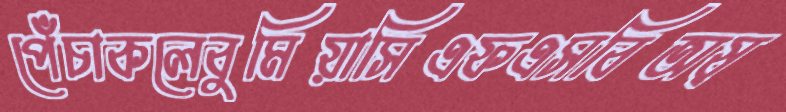
পেঁচাকলেবুমিয়াসিএফএসবিঅষ্